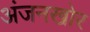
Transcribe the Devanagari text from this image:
अंजनखोर